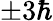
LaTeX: \pm 3\hbar